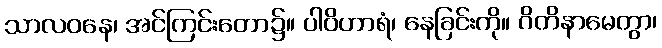
သာလဝနေ၊ အင်ကြင်းတော၌။ ပါဝိဟာရံ၊ နေခြင်းကို။ ဂိတိနာမေတွာ၊